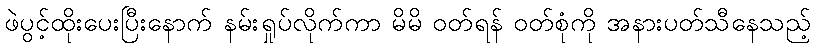
ဖဲပွင့်ထိုးပေးပြီးနောက် နမ်းရှုပ်လိုက်ကာ မိမိ ဝတ်ရန် ဝတ်စုံကို အနားပတ်သီနေသည့်